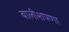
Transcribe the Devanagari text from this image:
बालीशपणा